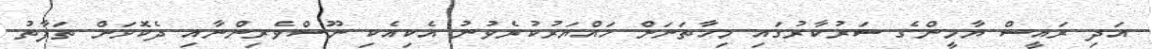
އަދި ރައީސް ޔާމީންގެ ސަރުކާރުގައި މިހާތަނަށް ހައްޔަރުކުރެވުނު އެކިއެކި ނޫސްވެރިންނާއި ދެކޮޅަށް ތަފާތު